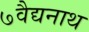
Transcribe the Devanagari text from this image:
७वैद्यनाथ